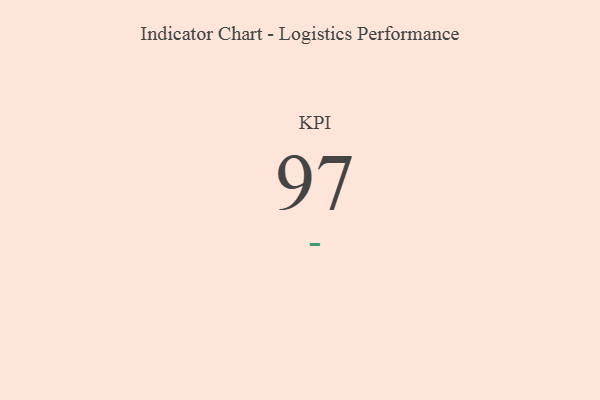
{"axis": {"x": "KPI", "y": "Value"}, "legend": [""], "data": [{"x": "KPI", "y": 97, "type": ""}]}